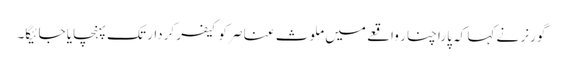
گورنر نے کہا کہ پاراچنار واقعے میں ملوث عناصر کو کیفر کردار تک پہنچایا جائیگا۔